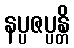
နပ္ပဇပ္ပန္တိ